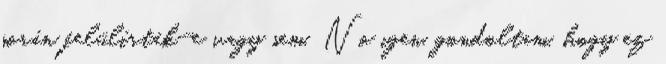
során felülírták-e vagy sem. No igen, gondoltam, hogy ez